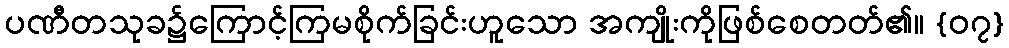
ပဏီတသုခ၌ကြောင့်ကြမစိုက်ခြင်းဟူသော အကျိုးကိုဖြစ်စေတတ်၏။ {၀၇}